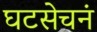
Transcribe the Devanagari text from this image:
घटसेचनं